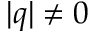
\vert q \vert \ne 0